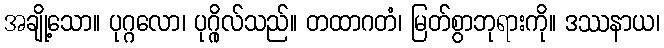
အချို့သော။ ပုဂ္ဂလော၊ ပုဂ္ဂိုလ်သည်။ တထာဂတံ၊ မြတ်စွာဘုရားကို။ ဒဿနာယ၊